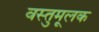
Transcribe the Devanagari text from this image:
वस्तुमूलक